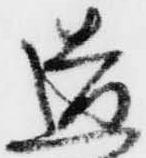
道